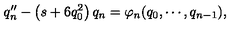
q _ { n } ^ { \prime \prime } - \left( s + 6 q _ { 0 } ^ { 2 } \right) q _ { n } = \varphi _ { n } ( q _ { 0 } , \cdots , q _ { n - 1 } ) ,